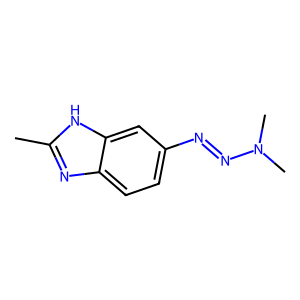
SMILES: Cc1nc2ccc(N=NN(C)C)cc2[nH]1
Inhibits HIV replication: No